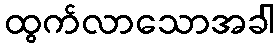
ထွက်လာသောအခါ